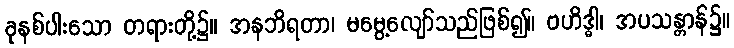
ခုနစ်ပါးသော တရားတို့၌။ အနဘိရတာ၊ မမွေ့လျော်သည်ဖြစ်၍။ ဗဟိဒ္ဓါ၊ အပသန္တာန်၌။